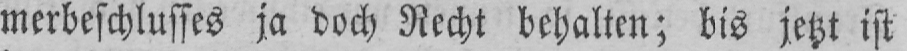
merbeschlusses ja doch Recht behalten; bis jetzt ist